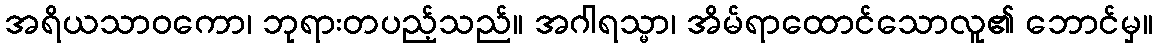
အရိယသာဝကော၊ ဘုရားတပည့်သည်။ အဂါရသ္မာ၊ အိမ်ရာထောင်သောလူ၏ ဘောင်မှ။